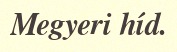
Megyeri híd.